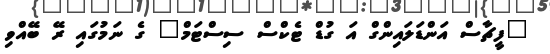
"ފީޗާސް އަންޑަލައިންގް އަ ގުޑް ޓެކްސް ސިސްޓަމް" ގެ ނަމުގައި ރޭ ބޭއްވި